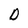
Character: D